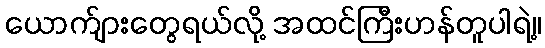
ယောက်ျားတွေရယ်လို့ အထင်ကြီးဟန်တူပါရဲ့။